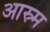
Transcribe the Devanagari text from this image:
आस्र्म